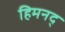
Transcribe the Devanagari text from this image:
हिमनद्